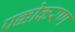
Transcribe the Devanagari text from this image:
पक्कीकरण